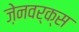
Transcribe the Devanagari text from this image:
ज़ेनवर्क्स